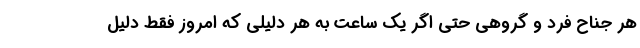
هر جناح فرد و گروهی حتی اگر یک ساعت به هر دلیلی که امروز فقط دلیل